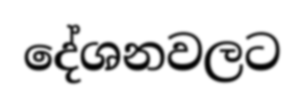
දේශනවලට